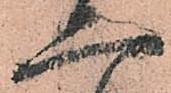
二